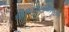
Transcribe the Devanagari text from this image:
श्रीमदभागवतपुराण